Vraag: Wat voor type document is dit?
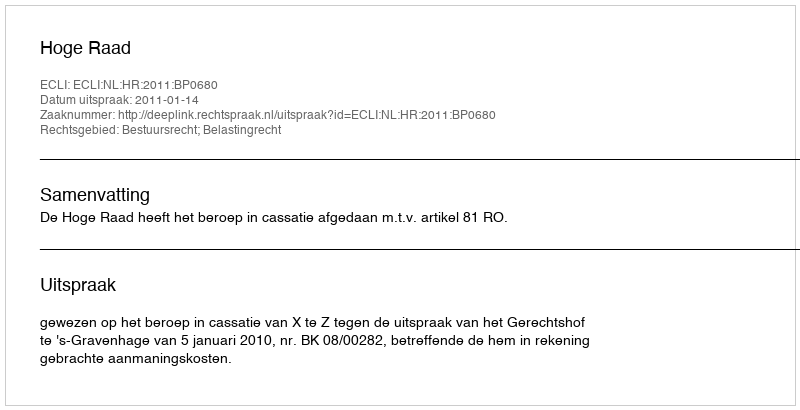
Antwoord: Uitspraak